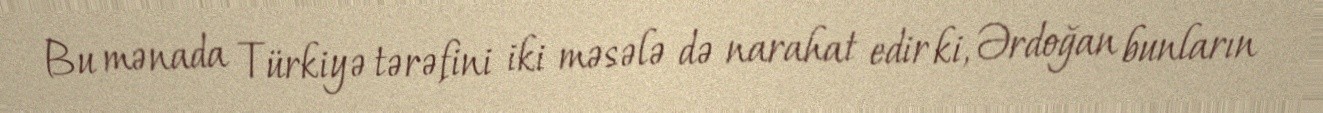
Bu mənada Türkiyə tərəfini iki məsələ də narahat edir ki, Ərdoğan bunların